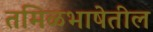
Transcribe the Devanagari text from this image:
तमिळभाषेतील